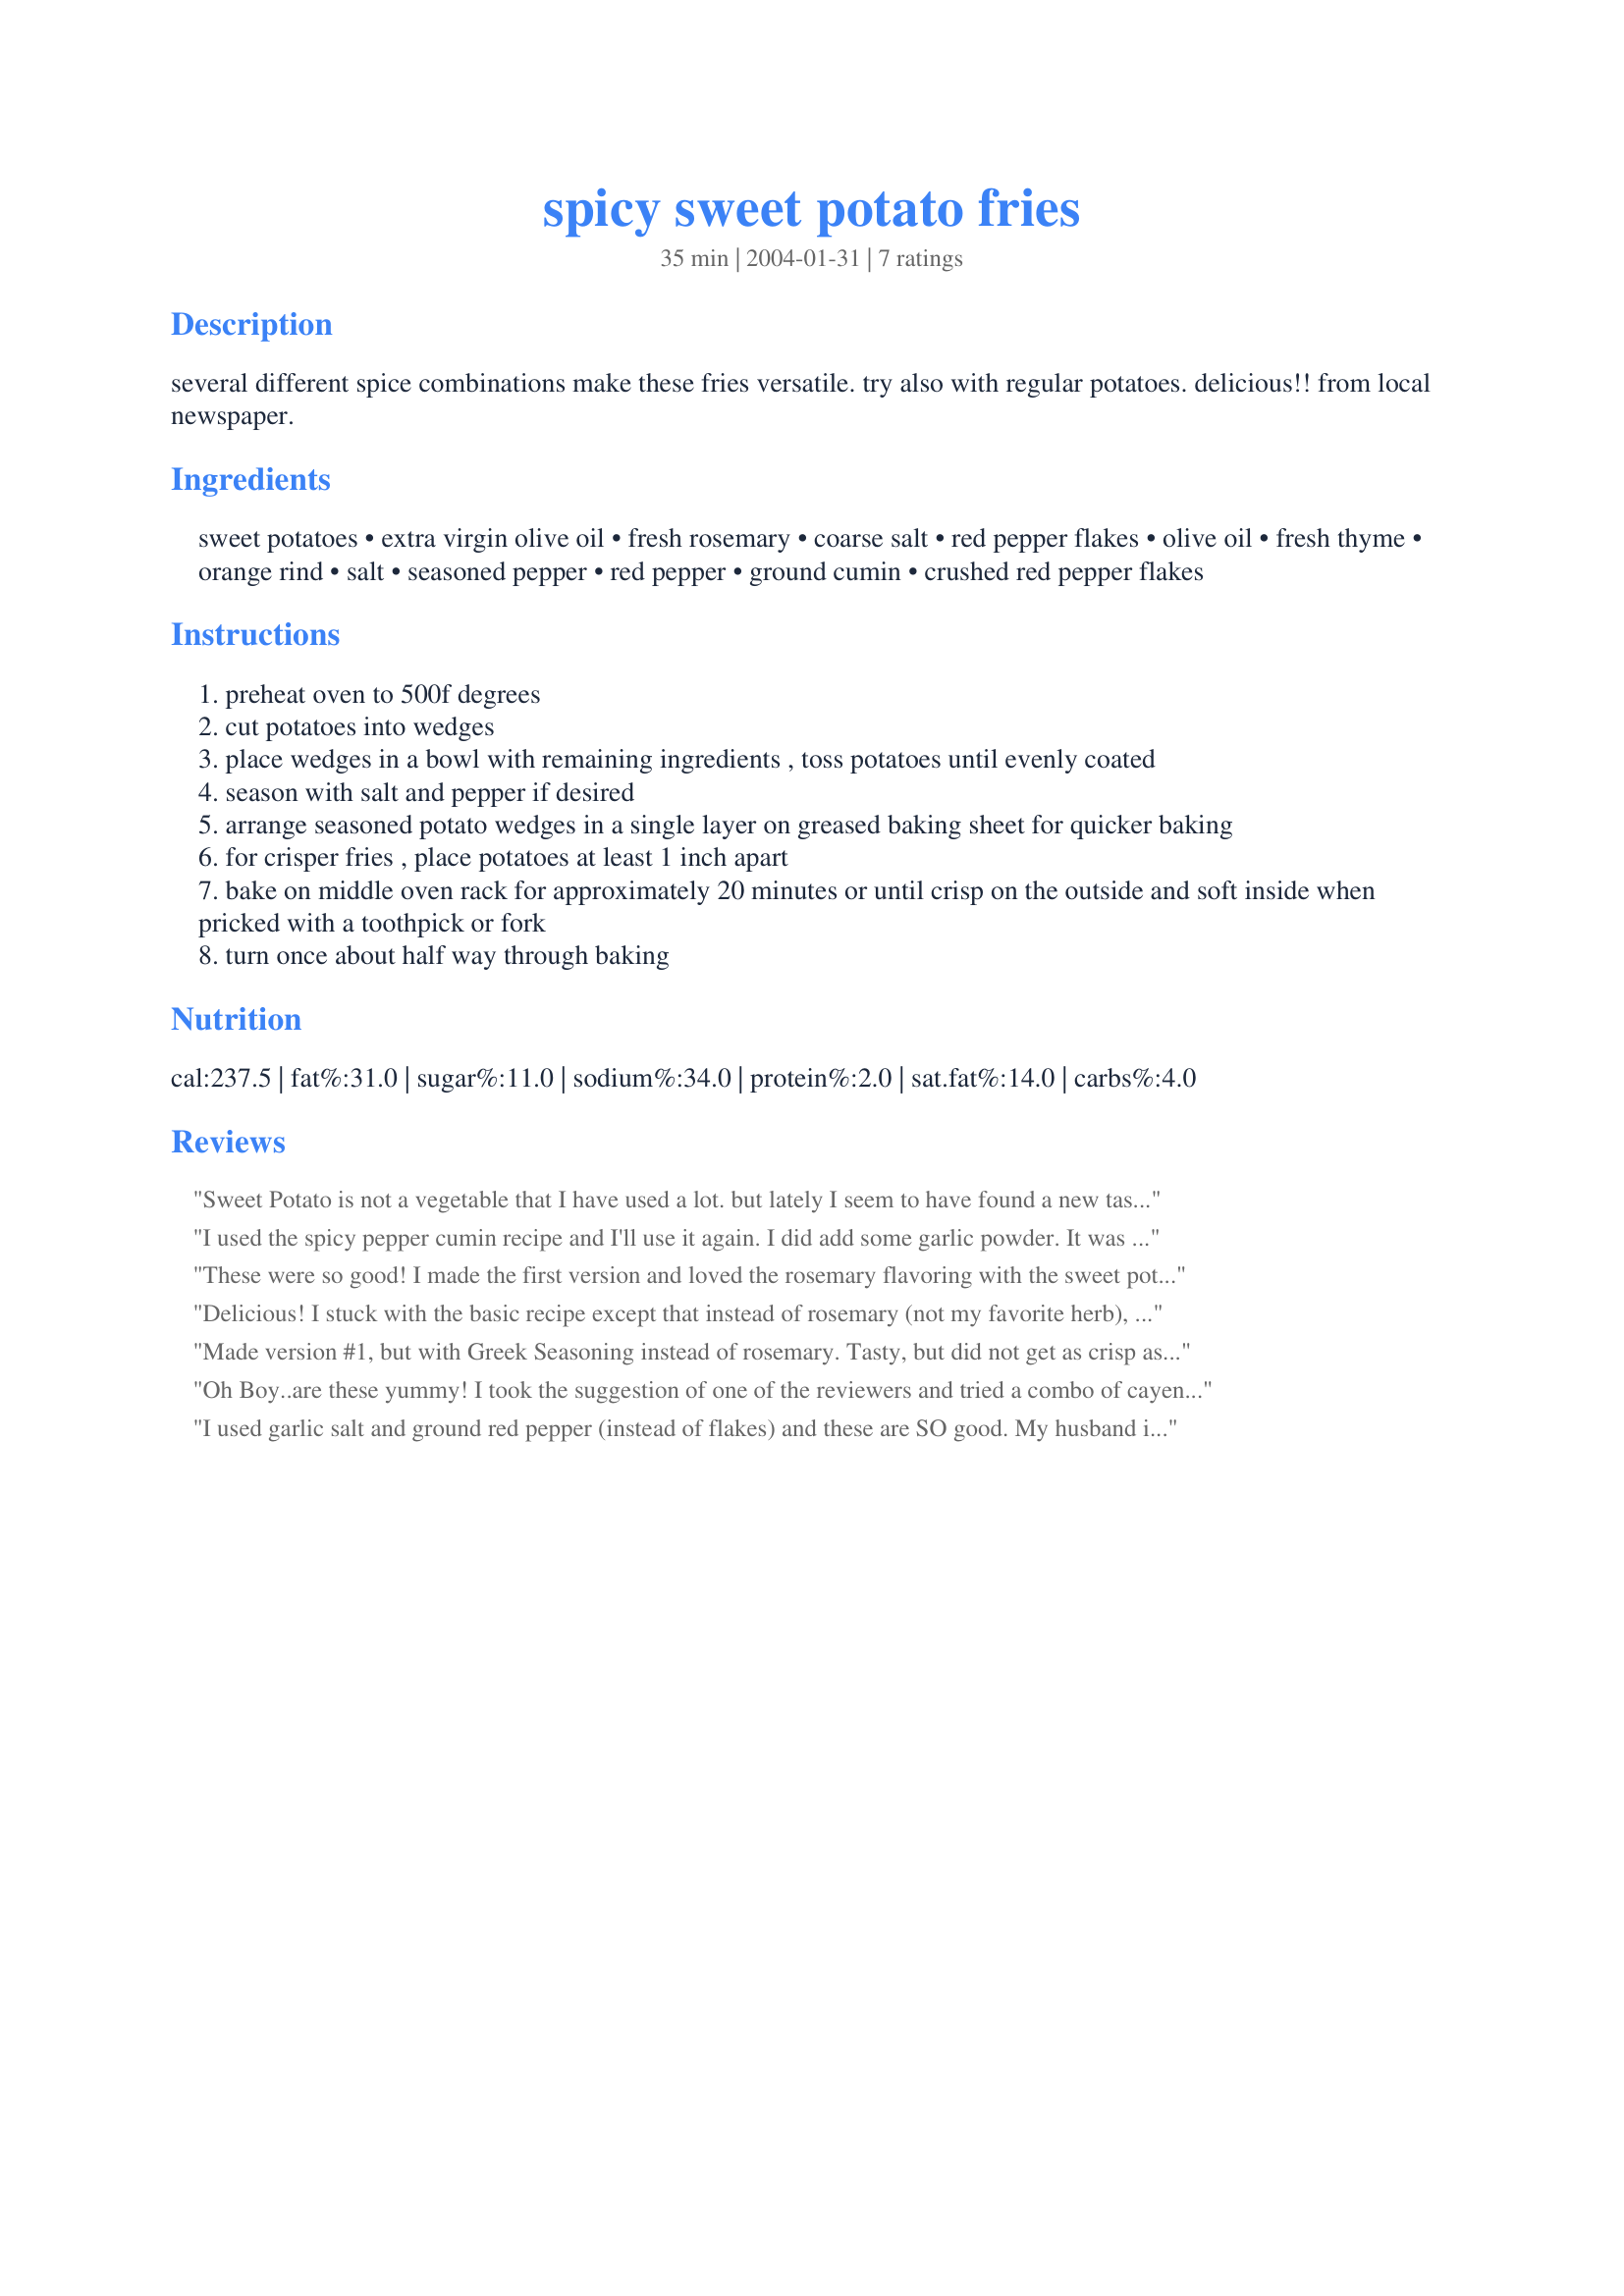
spicy sweet potato fries
Preparation time: 35 minutes

several different spice combinations make these fries versatile. try also with regular potatoes. delicious!! from local newspaper.

Ingredients:
sweet potatoes, extra virgin olive oil, fresh rosemary, coarse salt, red pepper flakes, olive oil, fresh thyme, orange rind, salt, seasoned pepper, red pepper, ground cumin, crushed red pepper flakes

Steps:
preheat oven to 500f degrees
cut potatoes into wedges
place wedges in a bowl with remaining ingredients , toss potatoes until evenly coated
season with salt and pepper if desired
arrange seasoned potato wedges in a single layer on greased baking sheet for quicker baking
for crisper fries , place potatoes at least 1 inch apart
bake on middle oven rack for approximately 20 minutes or until crisp on the outside and soft inside when pricked with a toothpick or fork
turn once about half way through baking

Reviews:
Sweet Potato is not a vegetable that I have used a lot. but lately I seem to have found a new taste treat and this recipe really peaked it. I made option three "Spicey pepper cumin" and it was delicious. Baked on an oven stone and served with recipe#77294 Devilled Chicken wings - great combo. Thanks Derf for yet another recipe that I will enjoy over & over
I used the spicy pepper cumin recipe and I'll use it again. I did add some garlic powder. It was wonderful!!
These were so good! I made the first version and loved the rosemary flavoring with the sweet potatoes. My husband, who normally won't eat sweet potatoes, devoured these.
Delicious! I stuck with the basic recipe except that instead of rosemary (not my favorite herb), I used garlic powder, cayenne and sugar (actually xylitol) to give it a spicy-sweet flavor. I broiled it for the last few minutes to help crisp the edges. The thinnest wedges turned out the most crispy (I recommend 1/2"). Next time I'm only to use regular salt instead of coarse because it's not as strong. The basic recipe (olive oil, heat, timing, etc.) was just perfect! The flavor and texture of these fries was delectable. I plan to experiment with more seasoning combinations, such as fresh garlic and parsley.
Made version #1, but with Greek Seasoning instead of rosemary. Tasty, but did not get as crisp as I thought. Overall flavor and cook time is right on.
Oh Boy..are these yummy! I took the suggestion of one of the reviewers and tried a combo of cayenne pepper, garlic powder, and sugar. I did half the batch that way, the other half I used the spicy pepper cumin one. With both batches I used Pam instead of oil to lower the fat content. I put the raw potatos on foil-lined baking sheet, sprayed top,tossed around, and ten put them in bag with seasonings. The rest went like clockwork...just perfect. These were loved by all my students and myself. They will become a regular item in this household. Thanks loads, Derf.
I used garlic salt and ground red pepper (instead of flakes) and these are SO good. My husband isn't crazy about sweet potatoes and he loves these. Thanks Derf.
